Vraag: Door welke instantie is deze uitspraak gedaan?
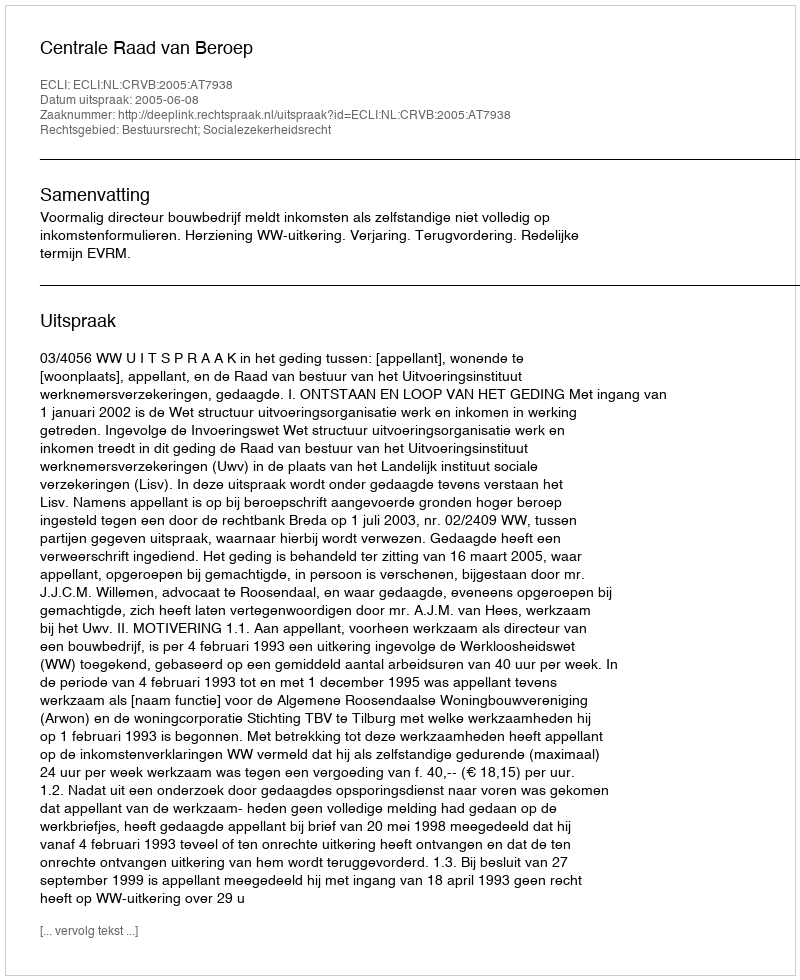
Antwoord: Centrale Raad van Beroep